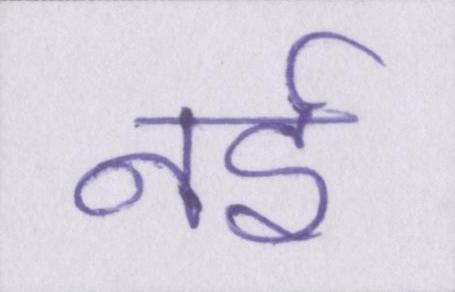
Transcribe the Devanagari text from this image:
नई